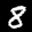
Label: 8